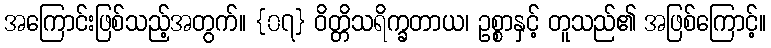
အကြောင်းဖြစ်သည့်အတွက်။ {၀၇} ဝိတ္တိသရိက္ခတာယ၊ ဥစ္စာနှင့် တူသည်၏ အဖြစ်ကြောင့်။